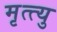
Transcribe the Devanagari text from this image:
मृत्त्यु